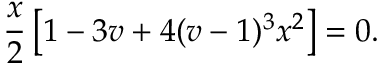
\frac { x } { 2 } \left[ 1 - 3 v + 4 ( v - 1 ) ^ { 3 } x ^ { 2 } \right] = 0 .